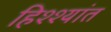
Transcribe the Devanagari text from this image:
हिश्श्यांत